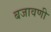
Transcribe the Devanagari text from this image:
बजावणी